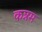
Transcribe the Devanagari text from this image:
कन्नम